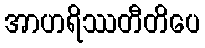
အာဟရိဿတီတိပေ